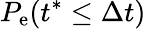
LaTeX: P_{\mathrm{e}}(t^{\ast}\leq\Delta t)